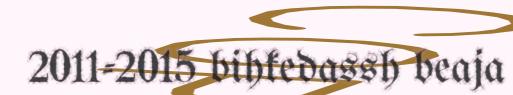
2011-2015 bihkedassh beaja